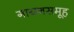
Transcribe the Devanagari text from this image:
गायनसमूह